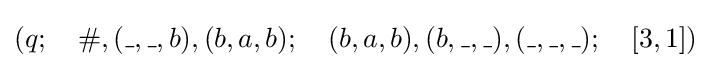
(q;~~~\#,(\_,\_,b),(b,a,b);~~~(b,a,b),(b,\_,\_),(\_,\_,\_);~~~[3,1])